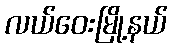
လယ်ဝေးမြို့နယ်